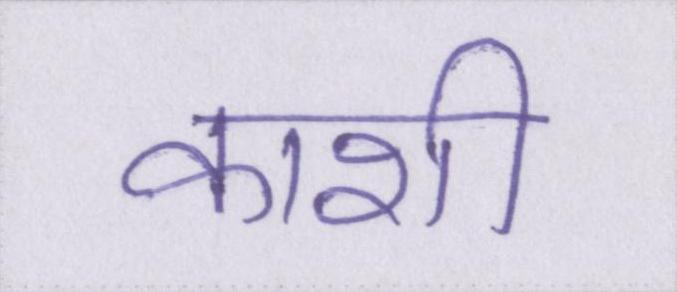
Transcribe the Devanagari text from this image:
काशी